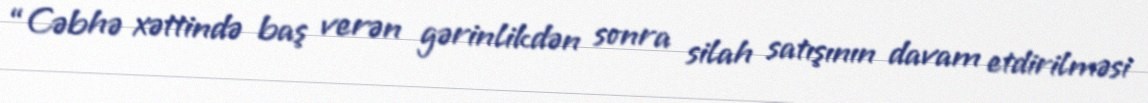
“Cəbhə xəttində baş verən gərinlikdən sonra silah satışının davam etdirilməsi